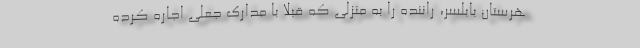
هرستان بابلسر، راننده را به منزلی که قبلا با مدارک جعلی اجاره کرده